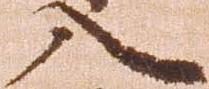
入